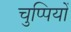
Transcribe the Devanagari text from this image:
चुप्पियों